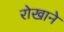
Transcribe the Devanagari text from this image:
रोखाने